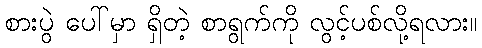
စားပွဲ ပေါ်မှာ ရှိတဲ့ စာရွက်ကို လွင့်ပစ်လို့ရလား။